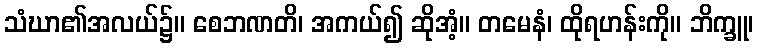
သံဃာ၏အလယ်၌။ စေဘဏတိ၊ အကယ်၍ ဆိုအံ့။ တမေနံ၊ ထိုရဟန်းကို။ ဘိက္ခူ၊